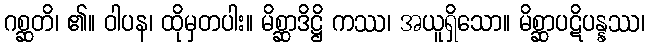
ဂစ္ဆတိ၊ ၏။ ဝါပန၊ ထိုမှတပါး။ မိစ္ဆာဒိဋ္ဌိ ကဿ၊ အယူရှိသော။ မိစ္ဆာပဋိပန္နဿ၊